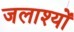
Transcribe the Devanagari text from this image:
जलाश्यों